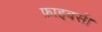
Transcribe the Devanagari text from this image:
फ़ाइबर्स।